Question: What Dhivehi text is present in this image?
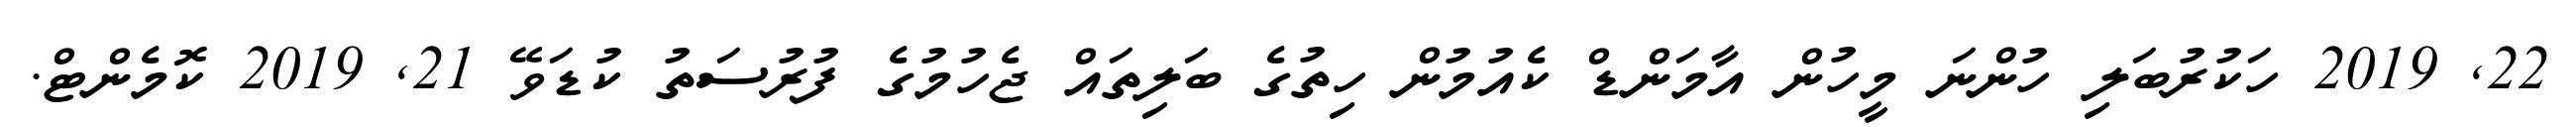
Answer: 22, 2019 ހަކުރުބަލި ހުންނަ މީހުން އާމަންޑް ކެއުމުން ހިތުގެ ބަލިތައް ޖެހުމުގެ ފުރުސަތު ކުޑަވޭ 21, 2019 ކޮމެންޓް.